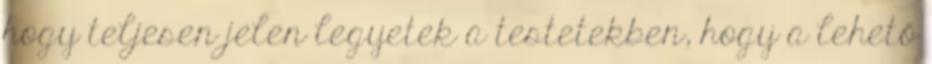
hogy teljesen jelen legyetek a testetekben, hogy a lehető